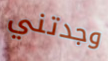
وجدتني